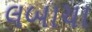
લબાચા